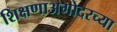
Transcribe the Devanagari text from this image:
शिक्षणाअगोदरच्या